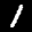
Label: 1